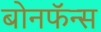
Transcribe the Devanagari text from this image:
बोनफॅन्स